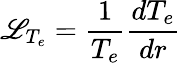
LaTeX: \mathscr{L}_{T_{e}}=\frac{{1}}{{T_{e}}}\frac{{dT_{e}}}{{dr}}